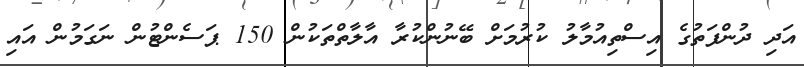
އަދި ދުންފަތުގެ އިސްތިއުމާލު ކުރުމަށް ބޭނުންކުރާ އާލާތްތަކުން 150 ޕަސެންޓުން ނަގަމުން އައި